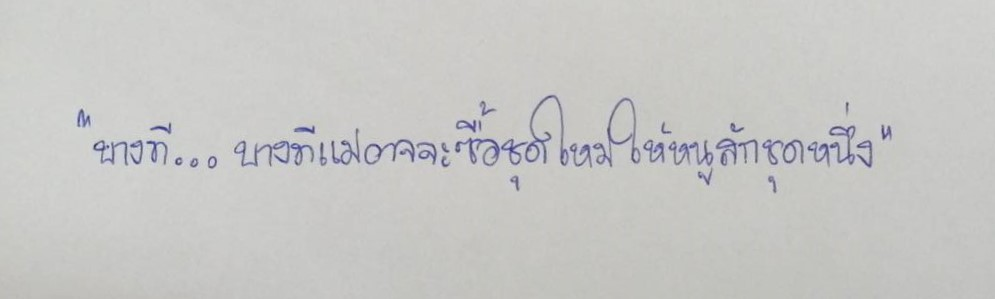
"บางที...บางทีแม่อาจจะซื้อชุดใหม่ให้หนูสักชุดหนึ่ง"